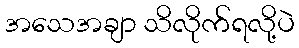
အသေအချာ သိလိုက်ရလို့ပဲ